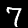
Digit: 7